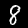
Label: 8